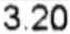
3.20